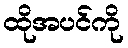
ထိုအပင်ကို